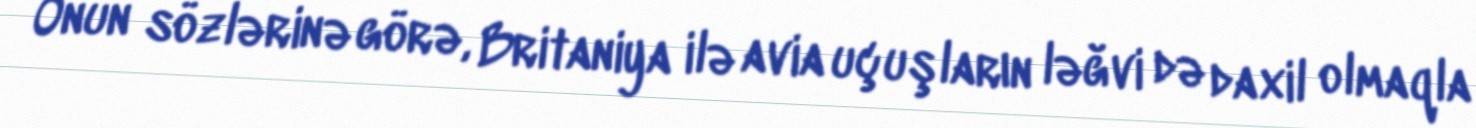
Onun sözlərinə görə, Britaniya ilə avia uçuşların ləğvi də daxil olmaqla